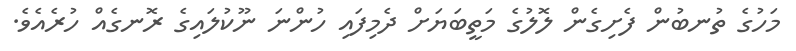
މަހުގެ ތުނބުން ފެށިގެން ލޮލުގެ މަތީބަޔަށް ދެމިފައި ހުންނަ ނޫކުލައިގެ ރޮނގެއް ހުރެއެވެ.